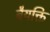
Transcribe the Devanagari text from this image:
बैयक्ति